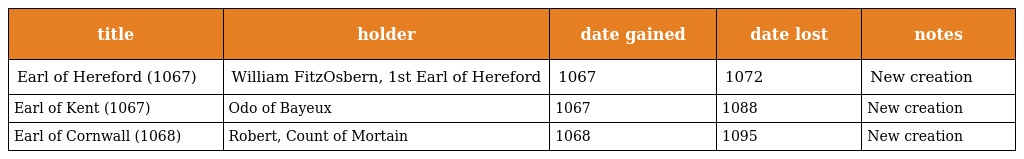
| title | holder | date gained | date lost | notes |
 | --- | --- | --- | --- | --- |
 | Earl of Hereford (1067) | William FitzOsbern, 1st Earl of Hereford | 1067 | 1072 | New creation |
 | Earl of Kent (1067) | Odo of Bayeux | 1067 | 1088 | New creation |
 | Earl of Cornwall (1068) | Robert, Count of Mortain | 1068 | 1095 | New creation |